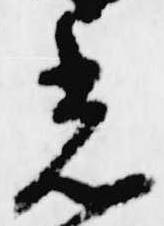
光